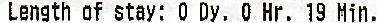
LENGTH OF STAY: 0 DY. 0 HR. 19 MIN.